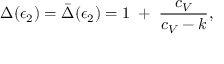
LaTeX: \Delta ( \epsilon _ { 2 } ) = \bar { \Delta } ( \epsilon _ { 2 } ) = 1 \; + \; { \frac { c _ { V } } { c _ { V } - k } } ,